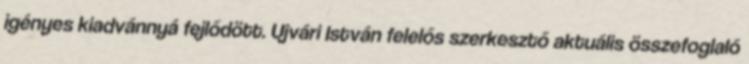
igényes kiadvánnyá fejlődött. Ujvári István felelős szerkesztő aktuális összefoglaló